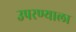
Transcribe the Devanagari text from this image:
उपरण्याला